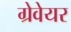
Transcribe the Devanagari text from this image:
ग्रेवेयर